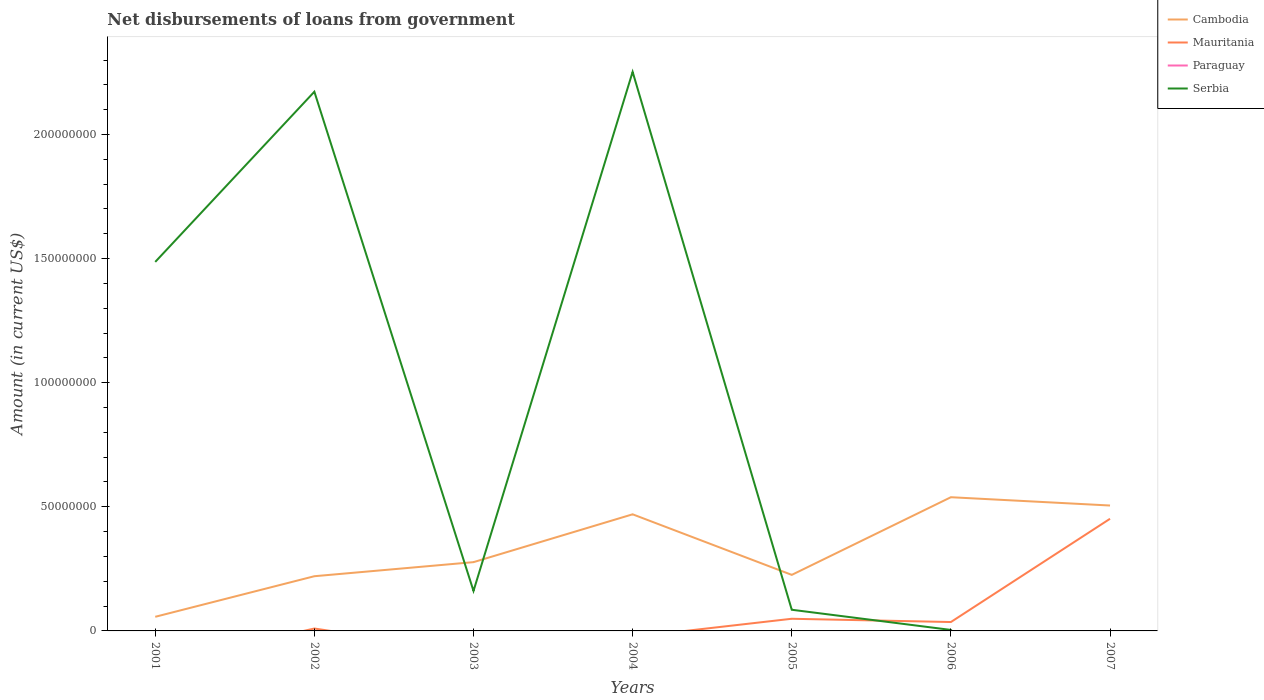
| Years | Cambodia | Mauritania | Paraguay | Serbia |
 | --- | --- | --- | --- | --- |
 | 2001 | 5.69e+06 | -1.34e+07 | -2.14e+07 | 1.49e+08 |
 | 2002 | 2.2e+07 | 9.69e+05 | -1.98e+06 | 2.17e+08 |
 | 2003 | 2.77e+07 | -8.60e+06 | -3.41e+07 | 1.61e+07 |
 | 2004 | 4.7e+07 | -2.44e+06 | -3.42e+07 | 2.25e+08 |
 | 2005 | 2.26e+07 | 4.9e+06 | -1.91e+06 | 8.52e+06 |
 | 2006 | 5.39e+07 | 3.58e+06 | -2.06e+07 | 4e+05 |
 | 2007 | 5.05e+07 | 4.52e+07 | -4e+07 | -5.93e+07 |